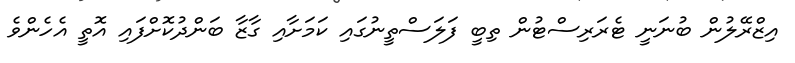
އިޒްރޭލުން ބުނަނީ ޓެރަރިސްޓުން ތިބީ ފަލަސްތީނުގައި ކަމަށާއި ގާޒާ ބަންދުކޮށްފައި އޮތީ އެހެންވެ